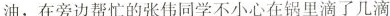
油，在旁边帮忙的张伟同学不小心在锅里滴了几滴